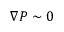
\nabla P \sim 0